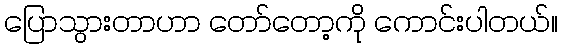
ပြောသွားတာဟာ တော်တော့ကို ကောင်းပါတယ်။